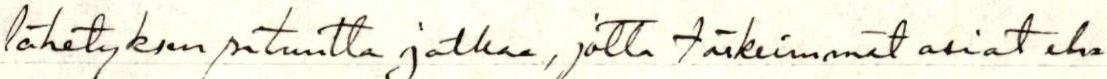
lähetyksen pituutta jatkaa, jotta tärkeimmät asiat eh=